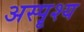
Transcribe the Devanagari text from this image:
अस्पॄश्य